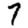
Digit: 7